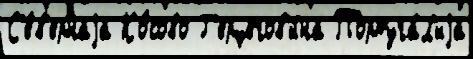
С'е́в'ернаjа Ко́сово Г'ерцегов'и́на Португа́л'иjа